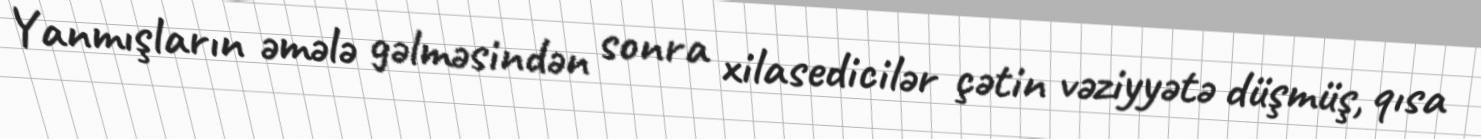
Yanmışların əmələ gəlməsindən sonra xilasedicilər çətin vəziyyətə düşmüş, qısa